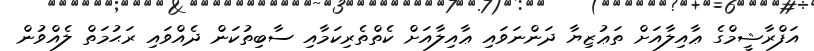
އަފްރާޝީމްގެ ޢާއިލާއަށް ތަޢުޒިޔާ ދަންނަވައި ޢާއިލާއަށް ކެތްތެރިކަމާއި ސާބިތުކަން ދެއްވައި ރަޙުމަތް ލެއްވުން